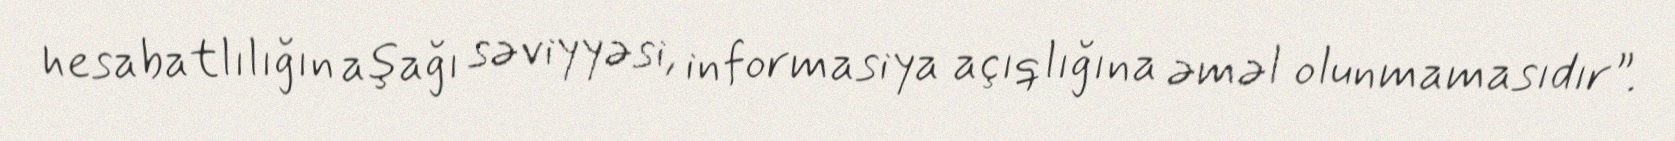
hesabatlılığın aşağı səviyyəsi, informasiya açıqlığına əməl olunmamasıdır”.